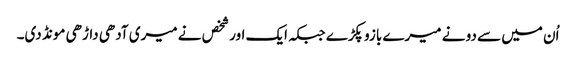
اُن میں سے دو نے میرے بازو پکڑے جبکہ ایک اور شخص نے میری آدھی داڑھی مونڈ دی۔